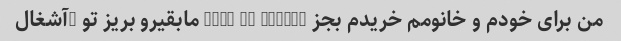
من برای خودم و خانومم خریدم بجز blue de chanel مابقیرو بریز تو |آشغال